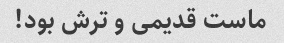
ماست قدیمی و ترش بود!